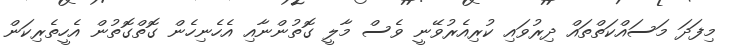
މިފަދަ މަސައްކަތްތައް ދިރުވައި ކުރިއެރުވޭނީ ވެސް މާލީ ގޮތުންނާއި އެހެނިހެން ގޮތްގޮތުން އެހީތެރިކަން